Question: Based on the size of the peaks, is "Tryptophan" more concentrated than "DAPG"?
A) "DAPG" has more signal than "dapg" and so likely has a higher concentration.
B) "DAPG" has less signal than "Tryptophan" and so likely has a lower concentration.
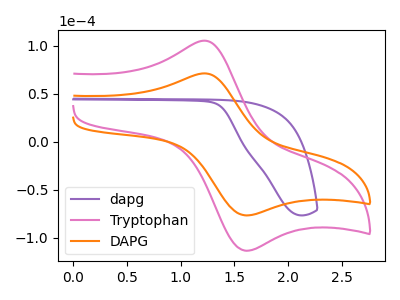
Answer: <think>The purple curve "dapg" has no peaks. The pink curve "Tryptophan" has an anodic peak at (1.20V, 105.15uA) and a cathodic peak at (1.60V, -113.60uA). The orange curve "DAPG" has an anodic peak at (1.20V, 71.10uA) and a cathodic peak at (1.60V, -76.80uA).
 All the peaks in "DAPG" have a peak in "Tryptophan" at the same potential. Every peak in "DAPG" is lower than every peak in "Tryptophan".</think>
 <answer>B) "DAPG" has less signal than "Tryptophan" and so likely has a lower concentration.</answer>
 <eval>B</eval>